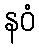
နဝံ